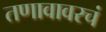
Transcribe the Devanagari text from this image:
तणावावरचं